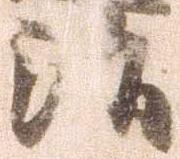
治